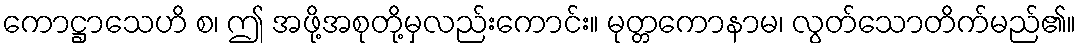
ကောဋ္ဌာသေဟိ စ၊ ဤ အဖို့အစုတို့မှလည်းကောင်း။ မုတ္တကောနာမ၊ လွတ်သောတိက်မည်၏။